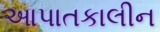
આપાતકાલીન